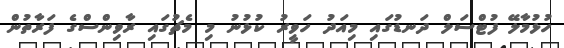
ހުޅުމާލޭ ފުޓްސަލް ދަނޑުގައި މިއަދު ހަވީރު ކުޅުނު މި މެޗުގައި ރާވިންސްގެ ފަރާތުން